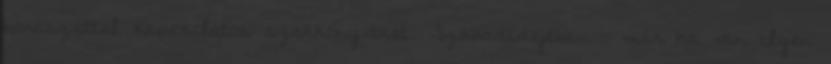
borászattal kapcsolatos szakkönyveket. Szabadidejében – már ha van ilyen